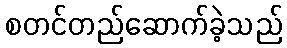
စတင်တည်ဆောက်ခဲ့သည်